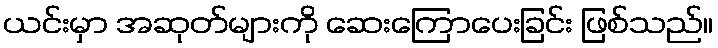
ယင်းမှာ အဆုတ်များကို ဆေးကြောပေးခြင်း ဖြစ်သည်။